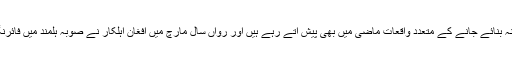
افغان اہلکار کی جانب سے امریکی فوجیوں کو نشانہ بنائے جانے کے متعدد واقعات ماضی میں بھی پیش آتے رہے ہیں اور رواں سال مارچ میں افغان اہلکار نے صوبہ ہلمند میں فائرنگ کر کے 3 امریکی فوجیوں کو زخمی کردیا تھا۔